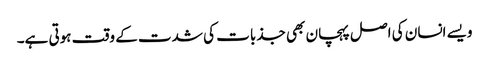
ویسے انسان کی اصل پہچان بھی جذبات کی شدت کے وقت ہوتی ہے۔